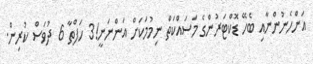
އަންހެނުންނާއި ބެހޭ ޑޮކްޓަރުންގެ މަސައްކަތް ނިމުމަކަށް އަންނަނީ!3 ހަފްތާ 6 ދުވަސް ކުރިން.